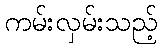
ကမ်းလှမ်းသည့်